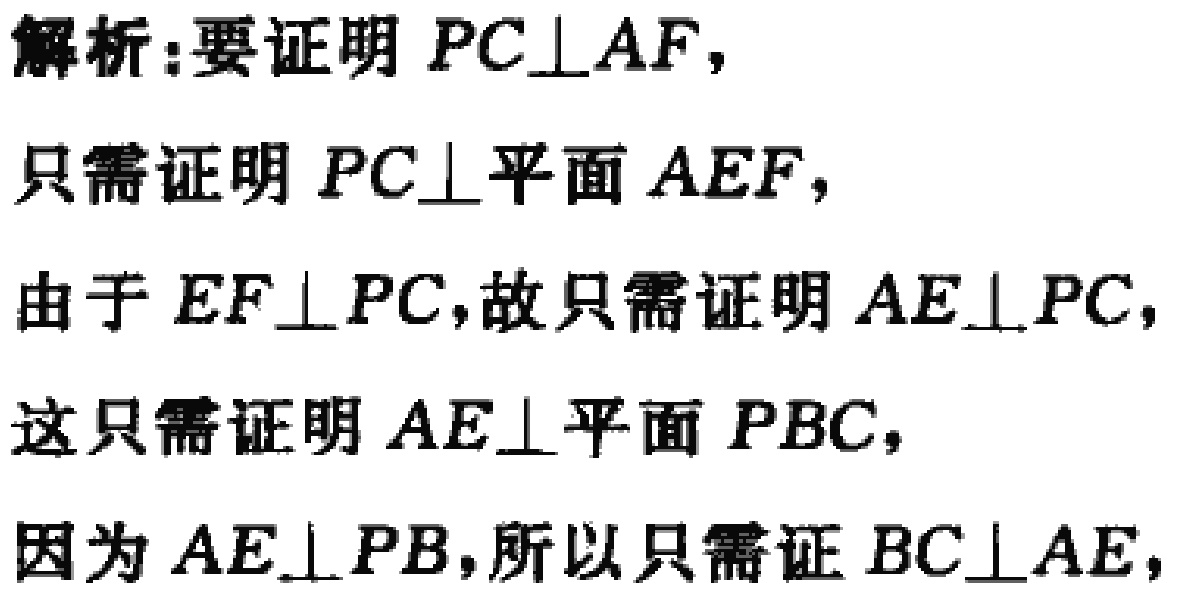
解析:要证明 \(PC\perp AF\)，
只需证明 \(PC\perp\)平面 \(AEF\)，
由于 \(EF\perp PC\)，故只需证明 \(AE\perp PC\)，
这只需证明 \(AE\perp\)平面 \(PBC\)，
因为 \(AE\perp PB\)，所以只需证 \(BC\perp AE\)，